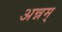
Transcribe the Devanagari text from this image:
अन्नम्